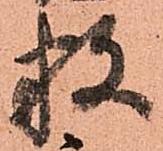
数